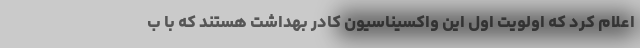
اعلام کرد که اولویت اول این واکسیناسیون کادر بهداشت هستند که با ب